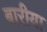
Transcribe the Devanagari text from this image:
बारीया